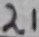
Text: 21